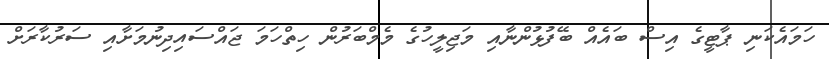
ހަމައެކަނި ޕާޓީގެ އިސް ބައެއް ބޭފުޅުންނާއި މަޖިލީހުގެ މެމްބަރުން ހިތްހަމަ ޖައްސައިދިނުމަށާއި ސަރުކާރަށް